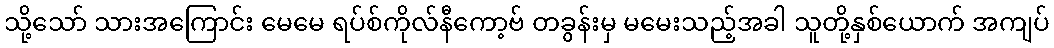
သို့သော် သားအကြောင်း မေမေ ရပ်စ်ကိုလ်နီကော့ဗ် တခွန်းမှ မမေးသည့်အခါ သူတို့နှစ်ယောက် အကျပ်